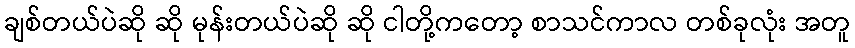
ချစ်တယ်ပဲဆို ဆို မုန်းတယ်ပဲဆို ဆို ငါတို့ကတော့ စာသင်ကာလ တစ်ခုလုံး အတူ